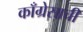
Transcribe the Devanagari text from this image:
काँग्रेसाची